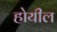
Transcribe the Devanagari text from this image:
होयील